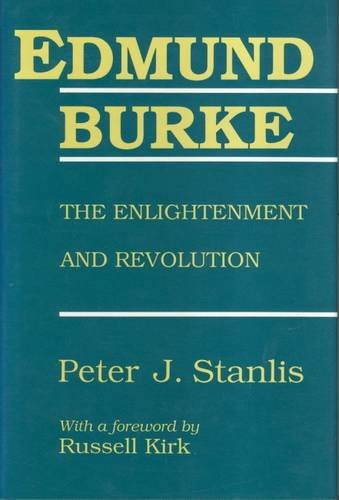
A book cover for Edmund Burke: The Enlightenment and Revolution (Library of Conservative Thought); Peter Stanlis; Medical Books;